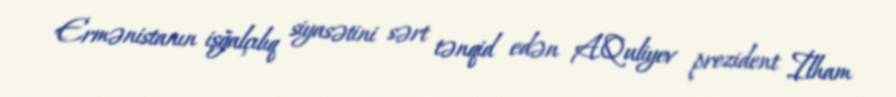
Ermənistanın işğalçılıq siyasətini sərt tənqid edən A.Quliyev prezident İlham